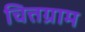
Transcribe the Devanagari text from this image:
चित्तग्राम